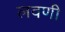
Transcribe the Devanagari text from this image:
लवणी